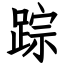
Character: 踪